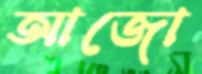
আজো